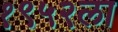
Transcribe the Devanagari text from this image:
१९५२ला